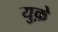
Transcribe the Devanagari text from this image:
युक़े